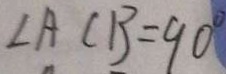
\angle A C B = 9 0 ^ { \circ }